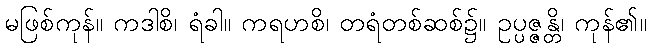
မဖြစ်ကုန်။ ကဒါစိ၊ ရံခါ။ ကရဟစိ၊ တရံတစ်ဆစ်၌။ ဥပ္ပဇ္ဇန္တိ၊ ကုန်၏။